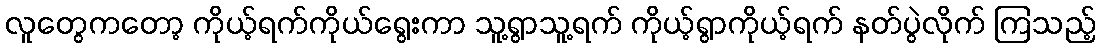
လူတွေကတော့ ကိုယ့်ရက်ကိုယ်ရွေးကာ သူ့ရွာသူ့ရက် ကိုယ့်ရွာကိုယ့်ရက် နတ်ပွဲလိုက် ကြသည့်